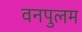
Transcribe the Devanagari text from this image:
वनपुलम